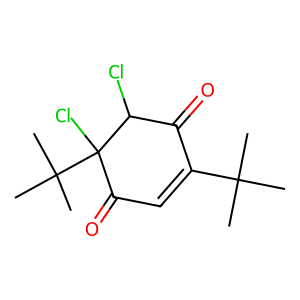
SMILES: CC(C)(C)C1=CC(=O)C(Cl)(C(C)(C)C)C(Cl)C1=O
Inhibits HIV replication: No